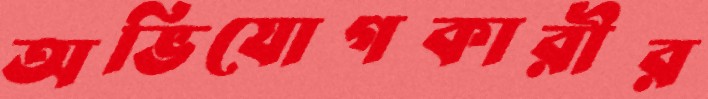
অভিযোগকারীর